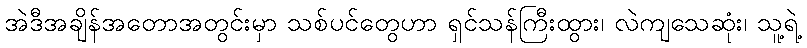
အဲဒီအချိန်အတောအတွင်းမှာ သစ်ပင်တွေဟာ ရှင်သန်ကြီးထွား၊ လဲကျသေဆုံး၊ သူ့ရဲ့